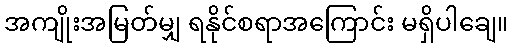
အကျိုးအမြတ်မျှ ရနိုင်စရာအကြောင်း မရှိပါချေ။